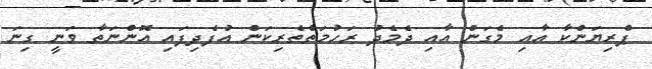
ޕްރިޔަންކާ އާއި މެގަން އާއި ދެމެދު ރަހުމަތްތެރިކަން އުފެދިފައި އޮންނަތާ ވަނީ ގިނަ